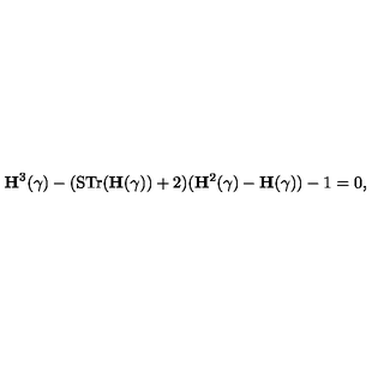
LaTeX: { \bf H } ^ { 3 } ( \gamma ) - ( \mathrm { S T r } ( { \bf H } ( \gamma ) ) + 2 ) ( { \bf H } ^ { 2 } ( \gamma ) - { \bf H } ( \gamma ) ) - 1 = 0 ,